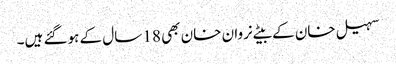
سہیل خان کے بیٹے نروان خان بھی 18 سال کے ہوگئے ہیں۔